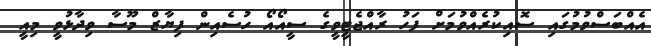
އެއްބަސްވުމުގައި ސޮއިކުރެއްވުމަށް ފަހު ރާއްޖެޓީވީގެ ސީއޯއޯ ހުސެއިން ފިޔާޒް މޫސާ ވިދާޅުވީ މިއީ